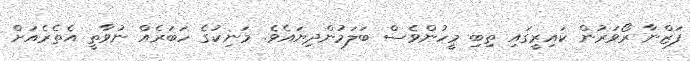
ފަޒްނާ ރޯވަރުން ކައިރީގައި ތިބި މީހުންވެސް ބަލަމުންދިޔައެވެ. މަނިކުގެ ހަބަރެއް ނުވާތީ އެތެރެއަށް